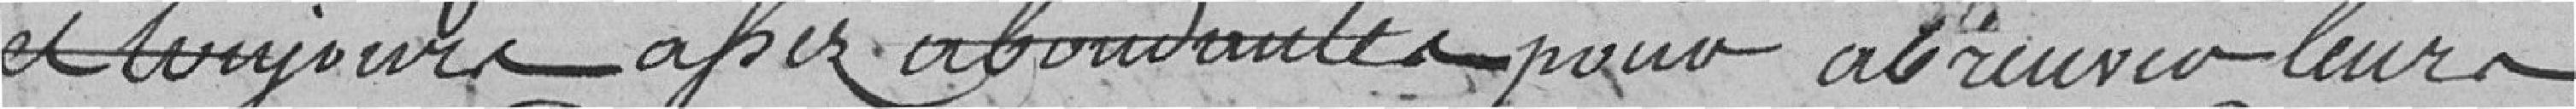
et toujours assez abondantes pour abreuver leurs